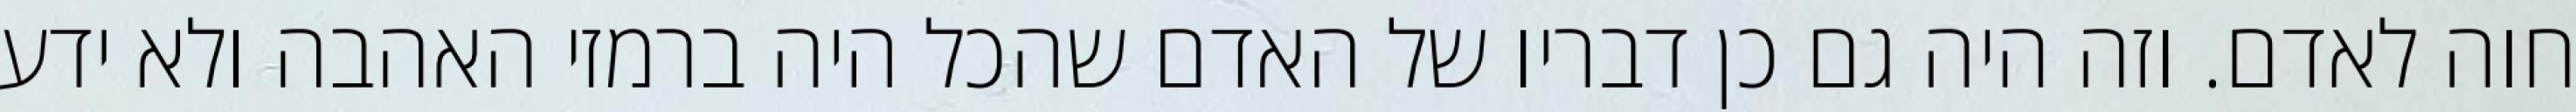
חוה לאדם. וזה היה גם כן דבריו של האדם שהכל היה ברמזי האהבה ולא ידע